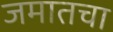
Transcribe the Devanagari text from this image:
जमातचा